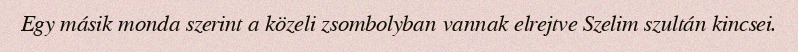
Egy másik monda szerint a közeli zsombolyban vannak elrejtve Szelim szultán kincsei.